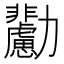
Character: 𠣊